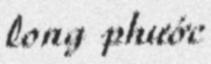
long phước